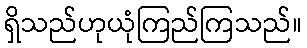
ရှိသည်ဟုယုံကြည်ကြသည်။